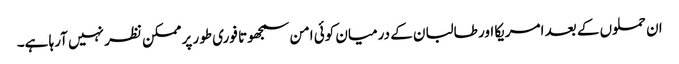
ان حملوں کے بعد امریکا اور طالبان کے درمیان کوئی امن سمجھوتا فوری طور پر ممکن نظر نہیں آرہا ہے۔